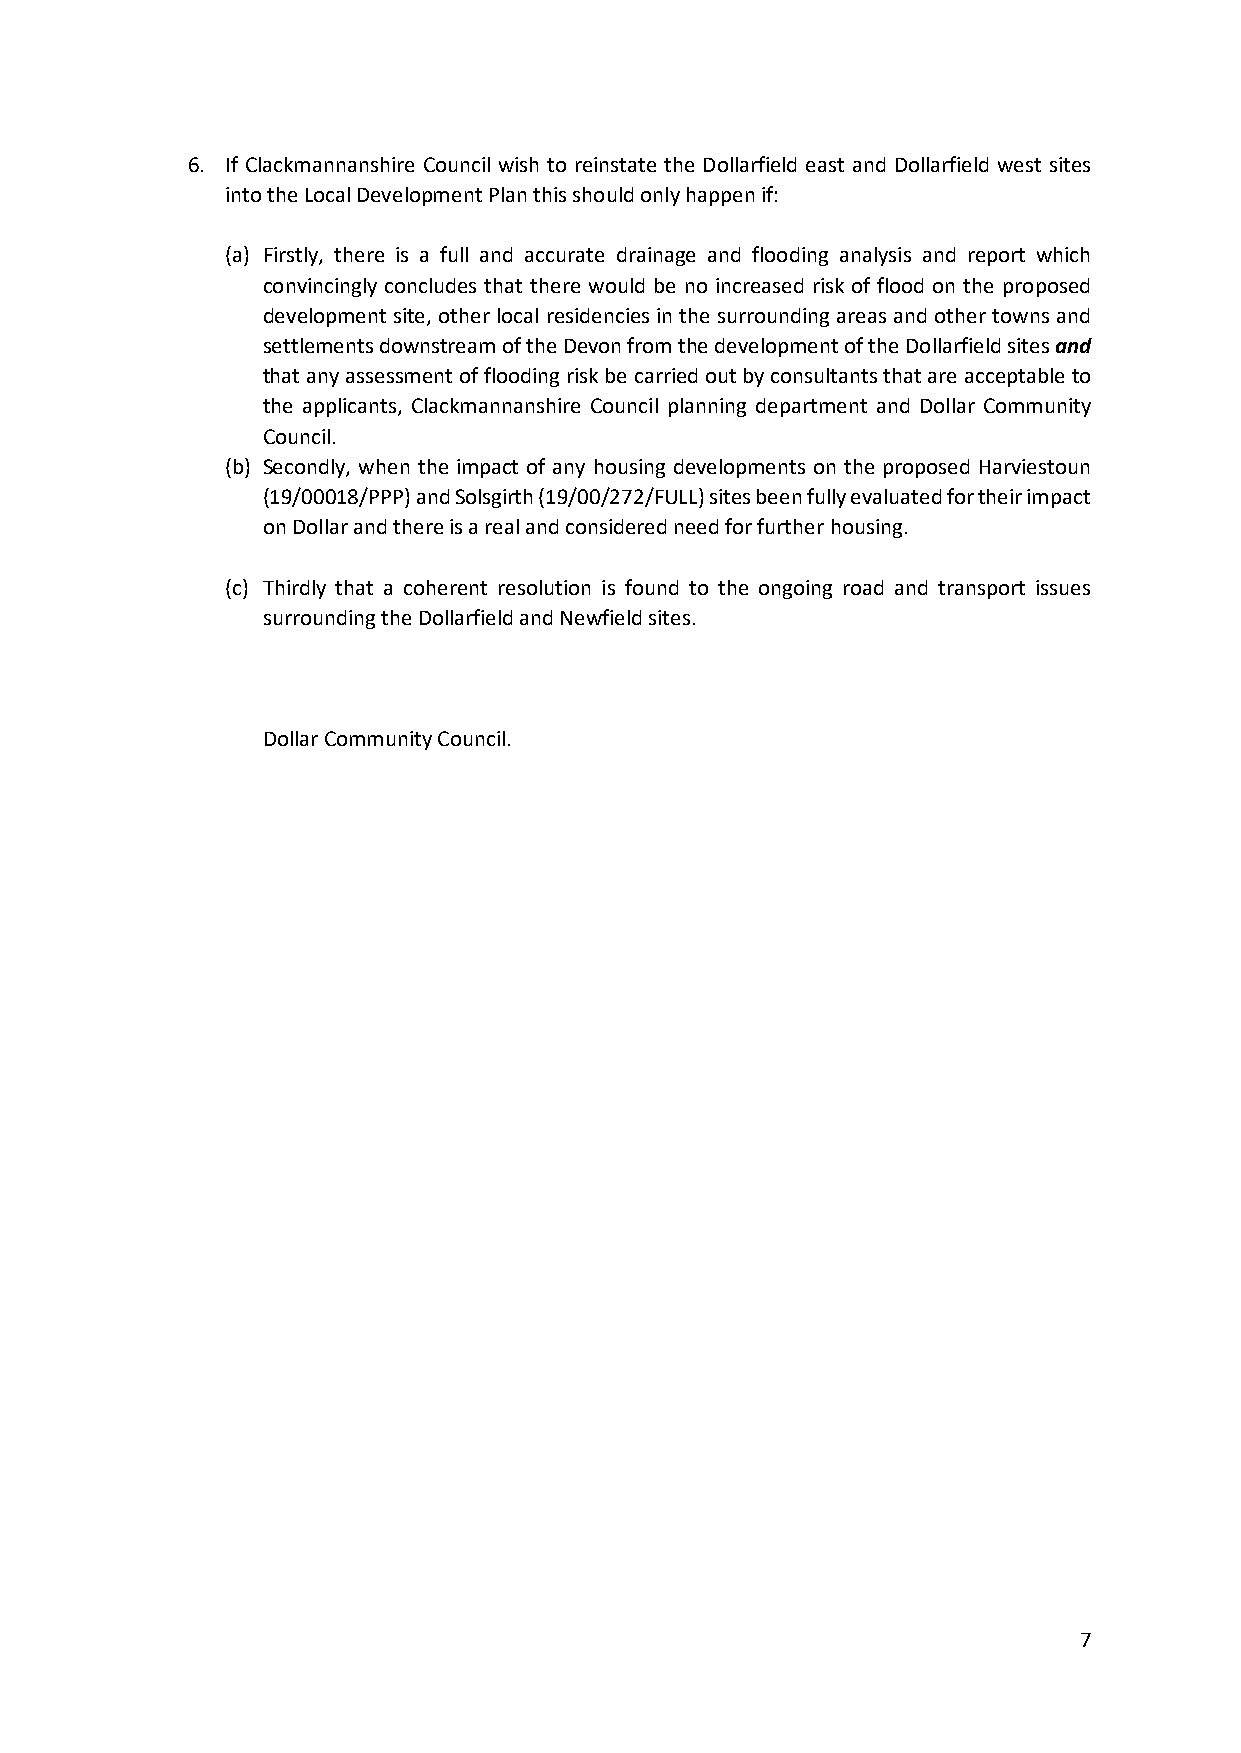
6. If Clackmannanshire Council wish to reinstate the Dollarfield east and Dollarfield west sites
 into the Local Development Plan this should only happen if:
 (a) Firstly, there is a full and accurate drainage and flooding analysis and report which
 convincingly concludes that there would be no increased risk of flood on the proposed
 development site, other local residencies in the surrounding areas and other towns and
 settlements downstream of the Devon from the development of the Dollarfield sites and
 that any assessment of flooding risk be carried out by consultants that are acceptable to
 the applicants, Clackmannanshire Council planning department and Dollar Community
 Council.
 (b) Secondly, when the impact of any housing developments on the proposed Harviestoun
 (19/00018/PPP) and Solsgirth (19/00/272/FULL) sites been fully evaluated for their impact
 on Dollar and there is a real and considered need for further housing.
 (c) Thirdly that a coherent resolution is found to the ongoing road and transport issues
 surrounding the Dollarfield and Newfield sites.
 Dollar Community Council.
 7